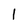
Character: 1